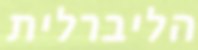
הליברלית